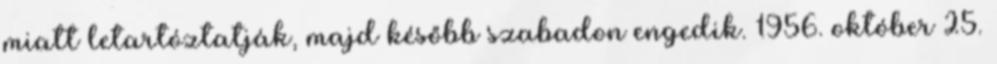
miatt letartóztatják, majd később szabadon engedik. 1956. október 25.